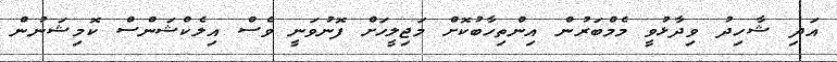
އަދި ޝާހިދު ވިދާޅުވީ މެމްބަރުން އިންތިހާބުކޮށް މަޖިލީހަށް ފޮނުވަނީ ވެސް އިލެކްޝަންސް ކޮމިޝަނުން